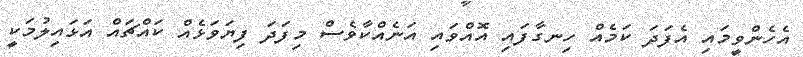
އެހެންވީމައި އެފަދަ ކަމެއް ހިނގާފައި އޮއްވައި އަނެއްކާވެސް މިފަދަ ފިޔަވަޅެއް ކައްޗައް އަޅައިލުމަކީ